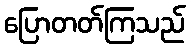
ပြောတတ်ကြသည်